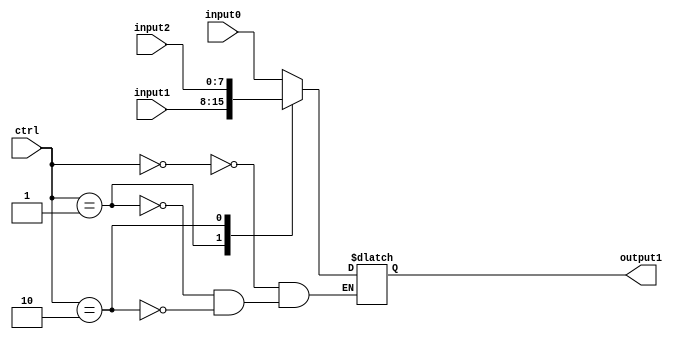
//////////////////////////////////////////////////////////////////////////////////
// Course: Cooper Union ECE151A Spring 2016
// Professor: Professor Marano
// Module Name: 
// Description: 
//////////////////////////////////////////////////////////////////////////////////

`timescale 1ns / 1ns

module mux3_1(output1, input0, input1, input2, ctrl);

//-------------Input Ports-----------------------------
input wire [1:0] ctrl;		
input wire [7:0] input0;	//input at 0
input wire [7:0] input1;	//input at 1
input wire [7:0] input2;	//input at 2

//-------------Output Ports----------------------------

output reg [7:0] output1; 	//8 bits of output

//------------------Instructions-----------------------
always @*
	begin
		case(ctrl)
		2'b00:
			output1 = input0;
		2'b01:
			output1 = input1;
		2'b10:
			output1 = input2;
		endcase
	end
endmodule